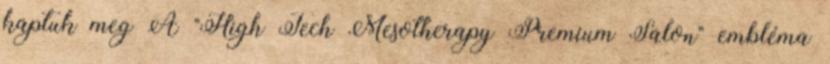
kaptuk meg A "High Tech Mesotherapy Premium Salon" embléma